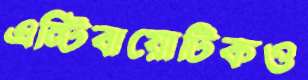
এন্টিবায়োটিকও